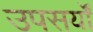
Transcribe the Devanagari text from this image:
उपसर्यों